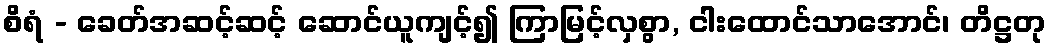
စိရံ - ခေတ်အဆင့်ဆင့် ဆောင်ယူကျင့်၍ ကြာမြင့်လှစွာ, ငါးထောင်သာအောင်၊ တိဋ္ဌတု